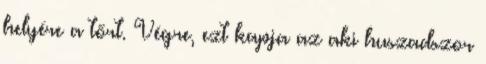
helyére a tőrt. Végre, ezt kapja az aki huszadszor